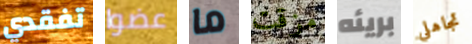
تفقدي عضوا ما مزقت بريئه تجاهلي